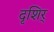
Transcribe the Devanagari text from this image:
दृशिर्